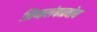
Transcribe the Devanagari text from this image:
निष्कलंकप्रबोध